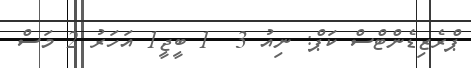
ޕްރެޒިޑެންޓްސް ކަޕް: ނިއު 3  1 ބީޖީ1 އަހަރު 2 މަސް